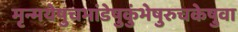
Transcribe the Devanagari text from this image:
मृन्मयेषुचभांडेषुकुंभेषुरुचकेषुवा